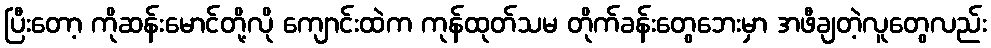
ပြီးတော့ ကိုဆန်းမောင်တို့လို ကျောင်းထဲက ကုန်ထုတ်သမ တိုက်ခန်းတွေဘေးမှာ အဖီချတဲ့လူတွေလည်း